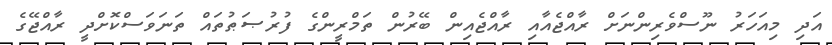
އަދި މިއަހަރު ނޫސްވެރިންނަށް ރާއްޖެއާއި ރާއްޖެއިން ބޭރުން ތަމްރީންގެ ފުރުޞަޠުތައް ތަނަވަސްކޮށްދީ ރާއްޖޭގެ